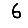
Digit: 6